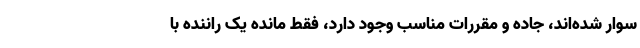
سوار شده‌اند، جاده و مقررات مناسب وجود دارد، فقط مانده یک راننده با